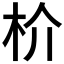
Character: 𬂣